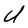
Character: U